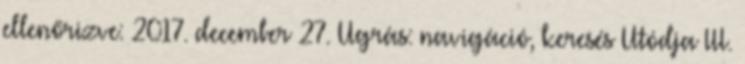
ellenőrizve: 2017. december 27. Ugrás: navigáció, keresés Utódja III.